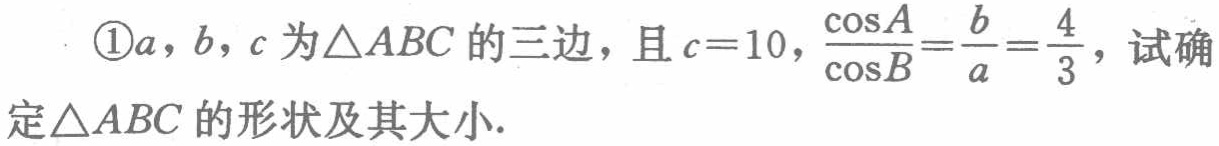
\textcircled{1}\(a,b,c\)为\(\triangle ABC\)的三边，且\(c = 10\)，\(\frac{\cos A}{\cos B}=\frac{b}{a}=\frac{4}{3}\)，试确定\(\triangle ABC\)的形状及其大小.